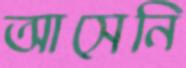
আসেনি